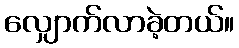
လျှောက်လာခဲ့တယ်။